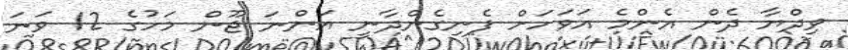
ވިދްޔާ ދެން އެންމެ އަވަހަށް ފެނިގެންދާނީ އަންނަ ޖޫން މަހުގެ 12 ވަނަ